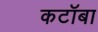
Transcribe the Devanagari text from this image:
कटॉबा